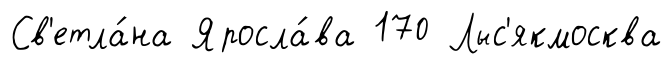
Св'етла́на Яросла́ва 170 Лыс'якмосква